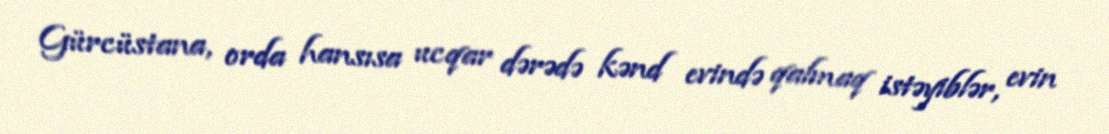
Gürcüstana, orda hansısa ucqar dərədə kənd evində qalmaq istəyiblər, evin